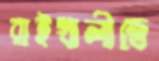
রাইখালীতে